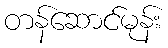
တန်ဆောင်မုန်း